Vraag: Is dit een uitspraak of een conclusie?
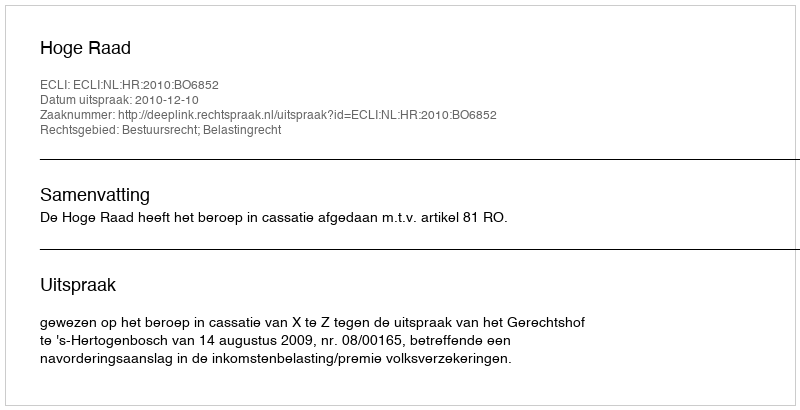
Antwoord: Uitspraak